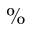
\%